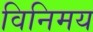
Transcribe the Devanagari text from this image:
विनिमय